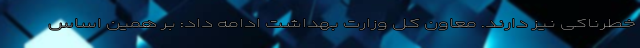
خطرناکی نیز دارند. معاون کل وزارت بهداشت ادامه داد: بر همین اساس